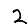
Digit: 2